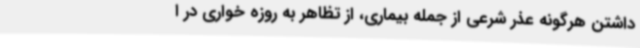
داشتن هرگونه عذر شرعی از جمله بیماری، از تظاهر به روزه خواری در ا